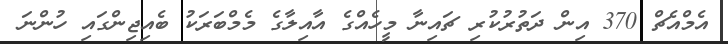
އެމްއެޗް 370 އިން ދަތުރުކުރި ޗައިނާ މީހެއްގެ އާއިލާގެ މެމްބަރަކު ބެއިޖިންގައި ހުންނަ